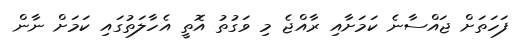
ފަހަތަށް ޖައްސާނެ ކަމަށާއި ރާއްޖެ މި ވަގުތު އޮތީ އެހާލަތުގައި ކަމަށް ނާން